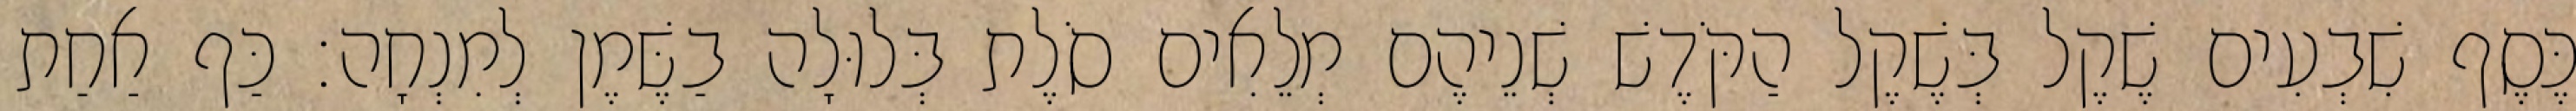
כֶּסֶף שִׁבְעִים שֶׁקֶל בְּשֶׁקֶל הַקֹּדֶשׁ שְׁנֵיהֶם מְלֵאִים סֹלֶת בְּלוּלָה בַשֶּׁמֶן לְמִנְחָה׃ כַּף אַחַת